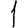
Digit: 1